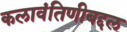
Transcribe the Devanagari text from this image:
कलावंतिणीबद्दल